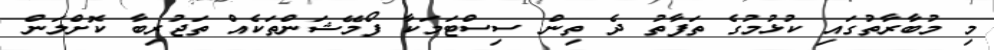
މި މުބާރާތުގައި ކުޅުމުގެ ތަފާތު ދެ ތިން ސިސްޓަމަކާ ފޯމޭޝަންތަކެއް ތަޖުރިބާ ކޮށްލަން